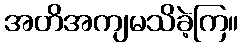
အတိအကျမသိခဲ့ကြ။